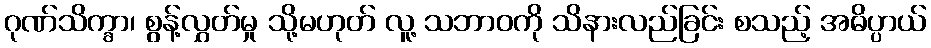
ဂုဏ်သိက္ခာ၊ စွန့်လွှတ်မှု သို့မဟုတ် လူ့ သဘာဝကို သိနားလည်ခြင်း စသည့် အဓိပ္ပာယ်